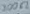
Text: 200Ω